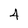
Character: 4